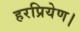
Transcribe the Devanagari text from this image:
हरप्रियेण।